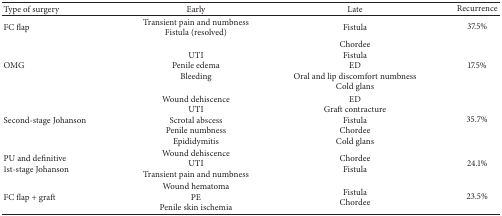
<table><thead><tr><td><b>Type of surgery</b></td><td><b>Early</b></td><td><b>Late</b></td><td><b>Recurrence</b></td></tr></thead><tbody><tr><td>FC flap</td><td>Transient pain and numbnessFistula (resolved)</td><td>Fistula</td><td>37.5%</td></tr><tr><td>OMG</td><td>UTIPenile edemaBleeding</td><td>ChordeeFistulaEDOral and lip discomfort numbnessCold glans</td><td>17.5%</td></tr><tr><td>Second-stage Johanson</td><td>Wound dehiscenceUTIScrotal abscessPenile numbnessEpididymitis</td><td>EDGraft contractureFistulaChordeeCold glans</td><td>35.7%</td></tr><tr><td>PU and definitive 1st-stage Johanson</td><td>Wound dehiscenceUTITransient pain and numbness</td><td>ChordeeFistula</td><td>24.1%</td></tr><tr><td>FC flap + graft</td><td>Wound hematomaPEPenile skin ischemia</td><td>FistulaChordee</td><td>23.5%</td></tr></tbody></table>